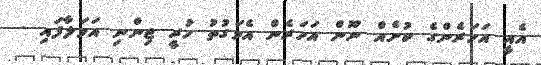
އެއީ އަހަރެންގެ ކުށެއް ނޫން އަހަރެން އެވަގުތު ހުރީ ޖިންނި އަވަލާފައި -